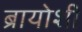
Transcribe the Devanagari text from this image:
ब्रायोशी